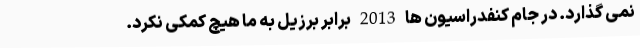
نمی گذارد. در جام کنفدراسیون ها 2013 برابر برزیل به ما هیچ کمکی نکرد.